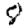
Digit: 8